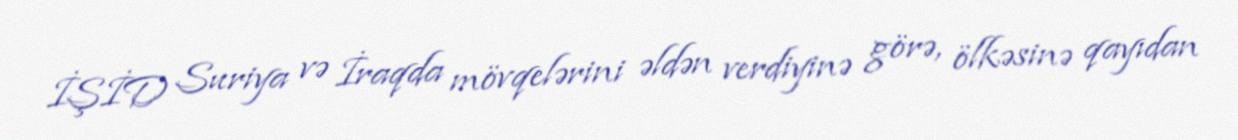
İŞİD Suriya və İraqda mövqelərini əldən verdiyinə görə, ölkəsinə qayıdan